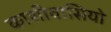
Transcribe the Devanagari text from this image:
काशीवासियो